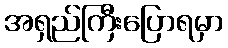
အရှည်ကြီးပြောရမှာ